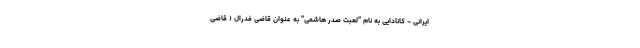
ایرانی - کانادایی به نام "لعبت صدر هاشمی" به عنوان قاضی فدرال ( قاضی